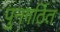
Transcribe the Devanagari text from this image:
पुनगर्ठित